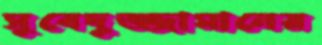
সুবেদুজ্জামানের